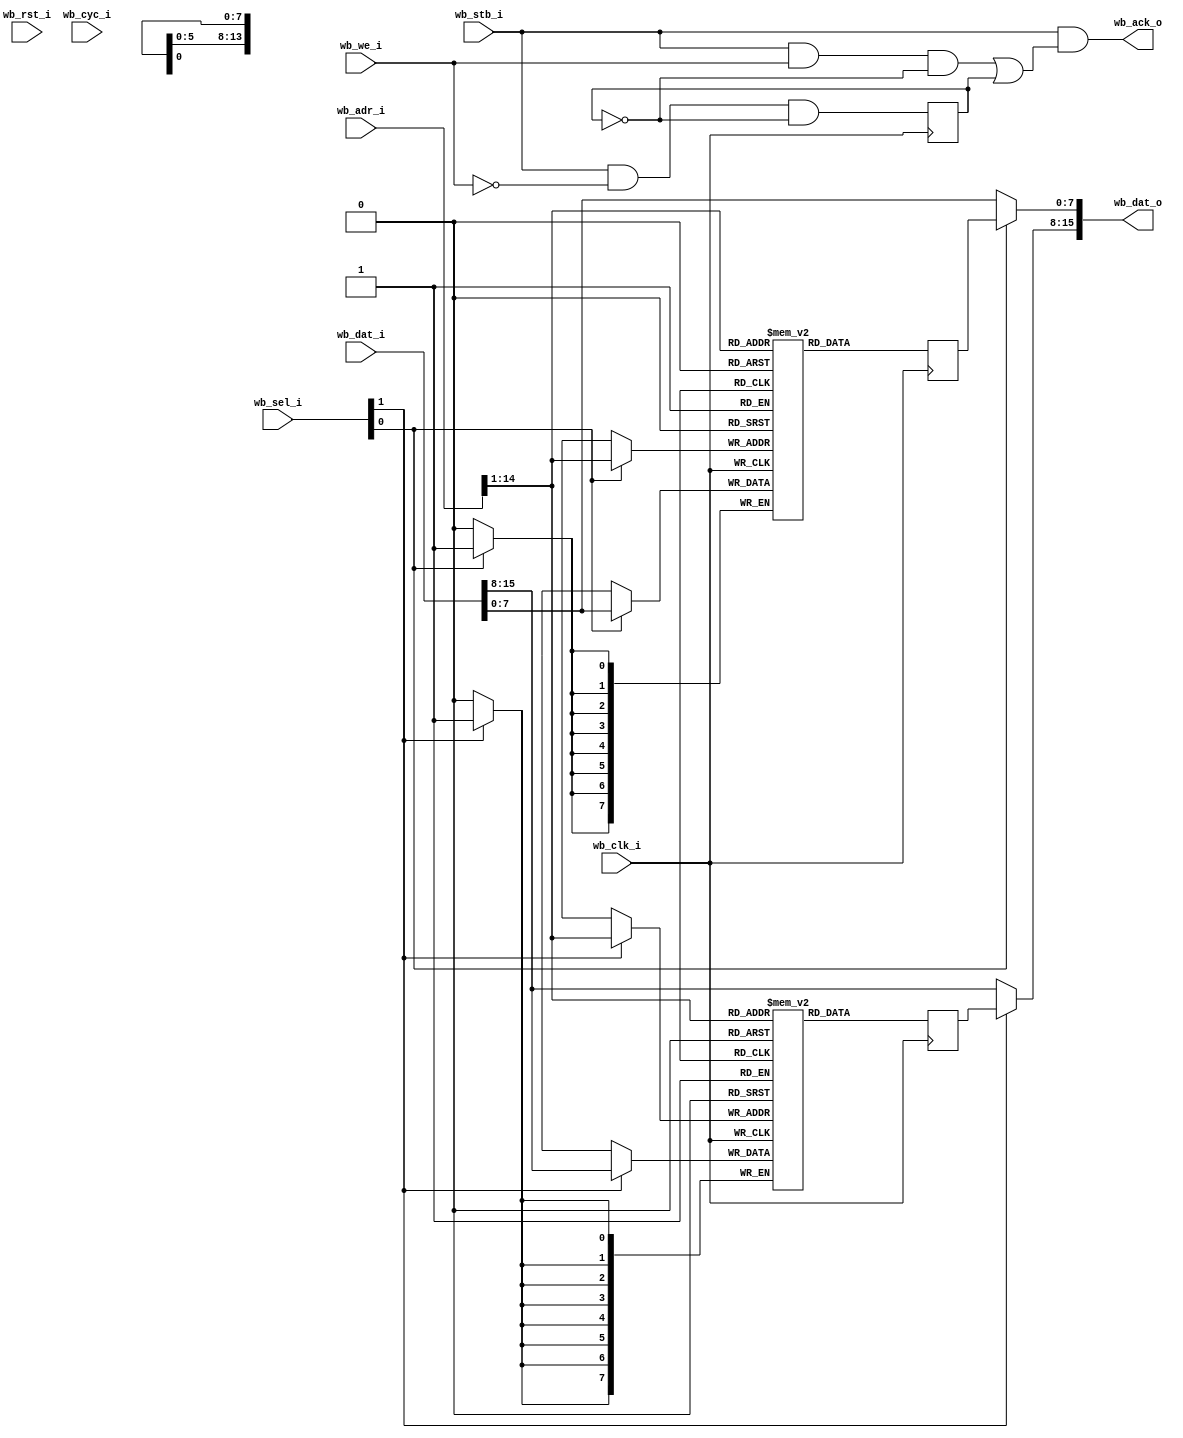
module block_ram 
#(
    parameter ADDR_WIDTH = 14,
    parameter DATA_WIDTH = 16,
    parameter SEL_WIDTH = 2
)
(
    input                   wb_clk_i,
    input                   wb_rst_i,
    input                   wb_cyc_i,
    input                   wb_stb_i,
    input  [SEL_WIDTH-1:0]  wb_sel_i,
    input  [31:0]           wb_adr_i,
    input                   wb_we_i,
    input  [DATA_WIDTH-1:0] wb_dat_i,
    output [DATA_WIDTH-1:0] wb_dat_o,
    output                  wb_ack_o
);

    localparam DATA_DEPTH = 1 << ADDR_WIDTH;

    wire [ADDR_WIDTH-1:0]   address;
    reg  [7:0]              read_data [SEL_WIDTH-1:0];
    wire [7:0]              write_data [SEL_WIDTH-1:0];
    wire [DATA_WIDTH-1:0]   byte_enable;
    wire                    clock;
    wire   [DATA_WIDTH-1:0] masked_read_data;


    assign clock = wb_clk_i;

    genvar i;
    generate for (i=0;i<SEL_WIDTH;i=i+1)
        begin: instantiate
            reg  [7:0] ram_i [DATA_DEPTH-1:0];
	    assign write_data[i] = wb_dat_i[8*i+7:8*i];
            assign masked_read_data[8*i+7:8*i] = byte_enable[i] ?
                                                 read_data[i] :
                                                 write_data[i];
            always @( posedge clock )
            begin
                read_data[i] <= ram_i[address];
                if (byte_enable[i])
                    ram_i[address] <= write_data[i];
            end
        end
    endgenerate

    reg                     start_read_r = 'd0;

    wire                    start_write;
    wire                    start_read;
    wire [SEL_WIDTH-1:0]    mask_address;


    assign start_write = wb_stb_i &&  wb_we_i && !(|start_read_r);
    assign start_read  = wb_stb_i && !wb_we_i && !start_read_r;

    always @( posedge clock )
    begin
        start_read_r <= start_read;
    end

    assign byte_enable = wb_sel_i;

    assign wb_dat_o    = masked_read_data;
    assign address     = wb_adr_i[ADDR_WIDTH+SEL_WIDTH-2:SEL_WIDTH-1];

    assign wb_ack_o    = wb_stb_i && ( start_write || start_read_r );

endmodule